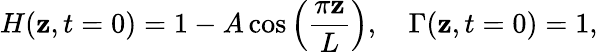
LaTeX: H(\mathbf{z},t=0)=1-A\cos\left(\frac{{\pi\mathbf{z}}}{{L}}\right),\quad\Gamma(\mathbf{z},t=0)=1,